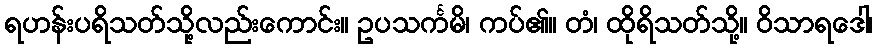
ရဟန်းပရိသတ်သို့လည်းကောင်း။ ဥပသင်္ကမိ၊ ကပ်၏။ တံ၊ ထိုရိသတ်သို့။ ဝိသာရဒေါ၊